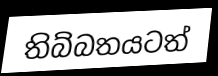
තිබ්බතයටත්